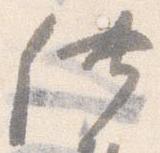
供